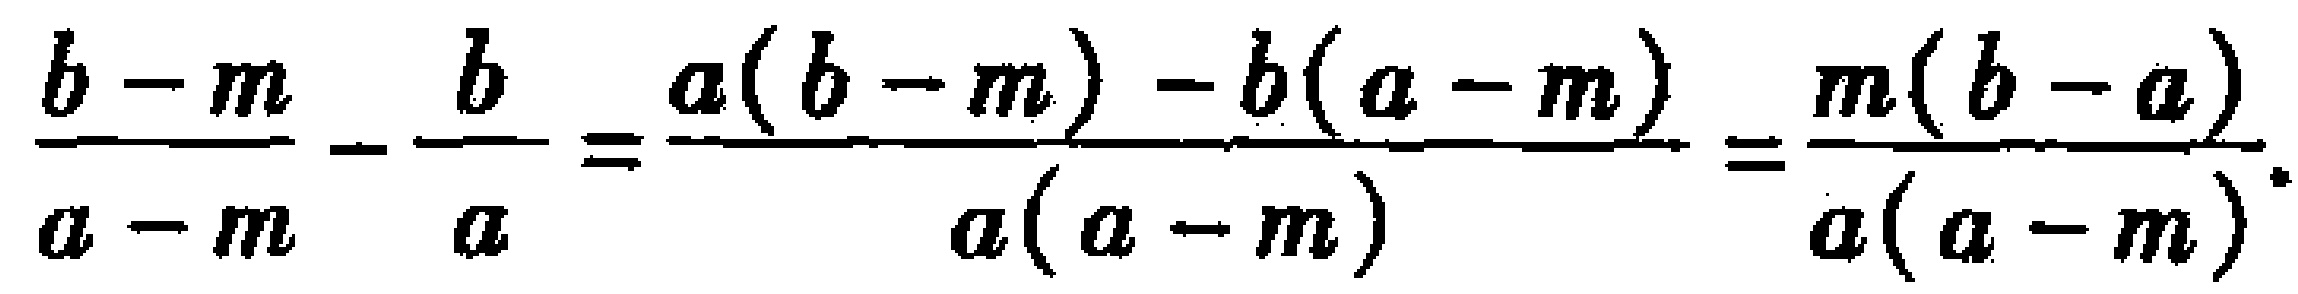
$\frac{b - m}{a - m} - \frac{b}{a} = \frac{a(b - m) - b(a - m)}{a(a - m)} = \frac{m(b - a)}{a(a - m)}.$